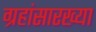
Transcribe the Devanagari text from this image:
ग्रहांसारख्या